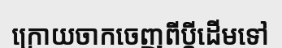
ក្រោយចាកចេញពីប្តីដើមទៅ